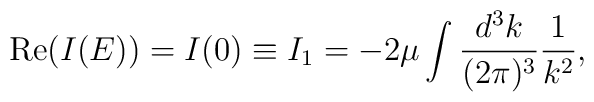
\mbox{Re}(I(E))=I(0)\equiv I_1=-2 \mu \int \frac{d^3k}{(2 \pi)^3} \frac{1}{k^2},